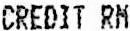
CREDIT RM